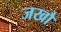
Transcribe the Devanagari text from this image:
जखौ